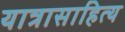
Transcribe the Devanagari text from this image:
यात्रासाहित्य